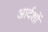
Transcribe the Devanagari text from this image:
आर्दशों